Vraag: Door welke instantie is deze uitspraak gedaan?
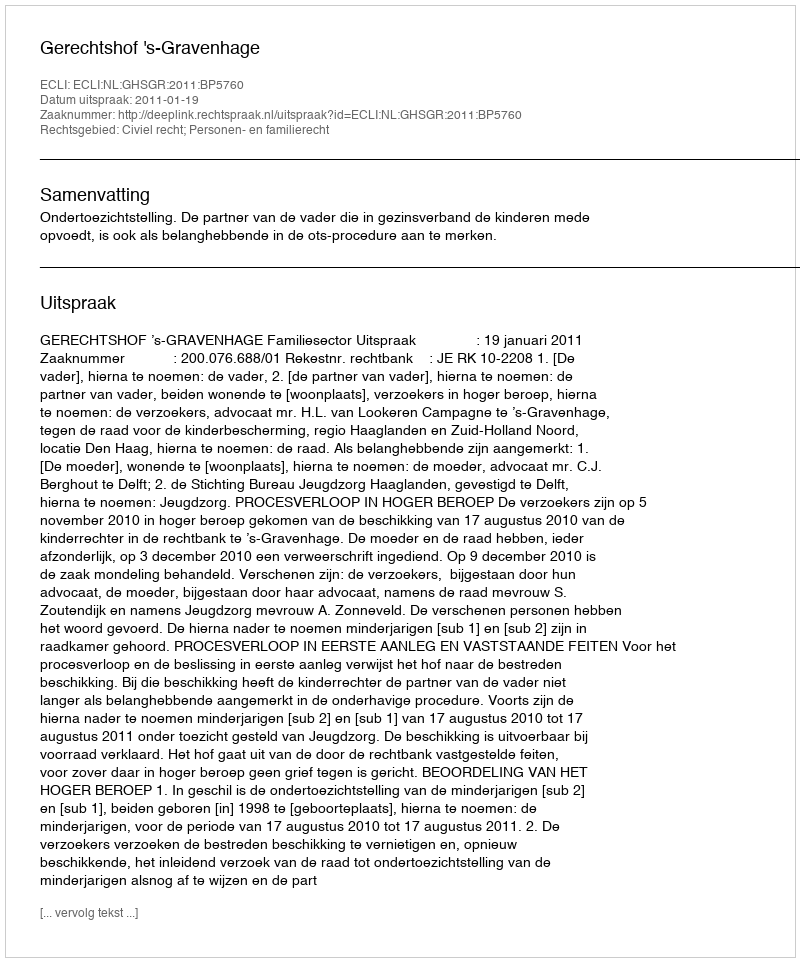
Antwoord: Gerechtshof 's-Gravenhage